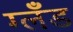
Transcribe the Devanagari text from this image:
ग्लँड